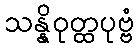
သန္နိဝုတ္ထပုဗ္ဗံ